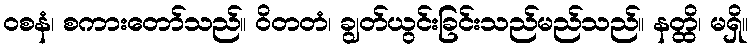
ဝစနံ၊ စကားတော်သည်။ ဝိတတံ၊ ချွတ်ယွင်းခြင်းသည်မည်သည်။ နတ္ထိ၊ မရှိ။